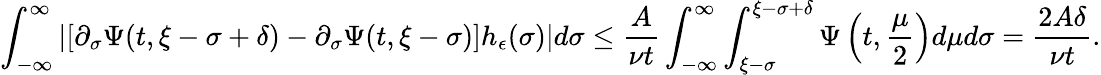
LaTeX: \int_{-\infty}^{\infty}\left|[\partial_{\sigma}\Psi(t,\xi-\sigma+\delta)-\partial_{\sigma}\Psi(t,\xi-\sigma)]h_{\epsilon}(\sigma)\right|d\sigma\leq\frac{A}{\nu t}\int_{-\infty}^{\infty}\int_{\xi-\sigma}^{\xi-\sigma+\delta}\Psi\left(t,\frac{\mu}{2}\right)d\mu d\sigma=\frac{2A\delta}{\nu t}.